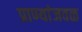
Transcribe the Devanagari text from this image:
प्राण्यांजवळ